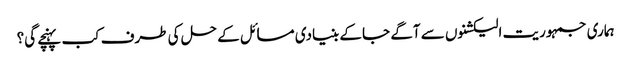
ہماری جمہوریت الیکشنوں سے آگے جا کے بنیادی مسائل کے حل کی طرف کب پہنچے گی؟